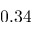
0 . 3 4